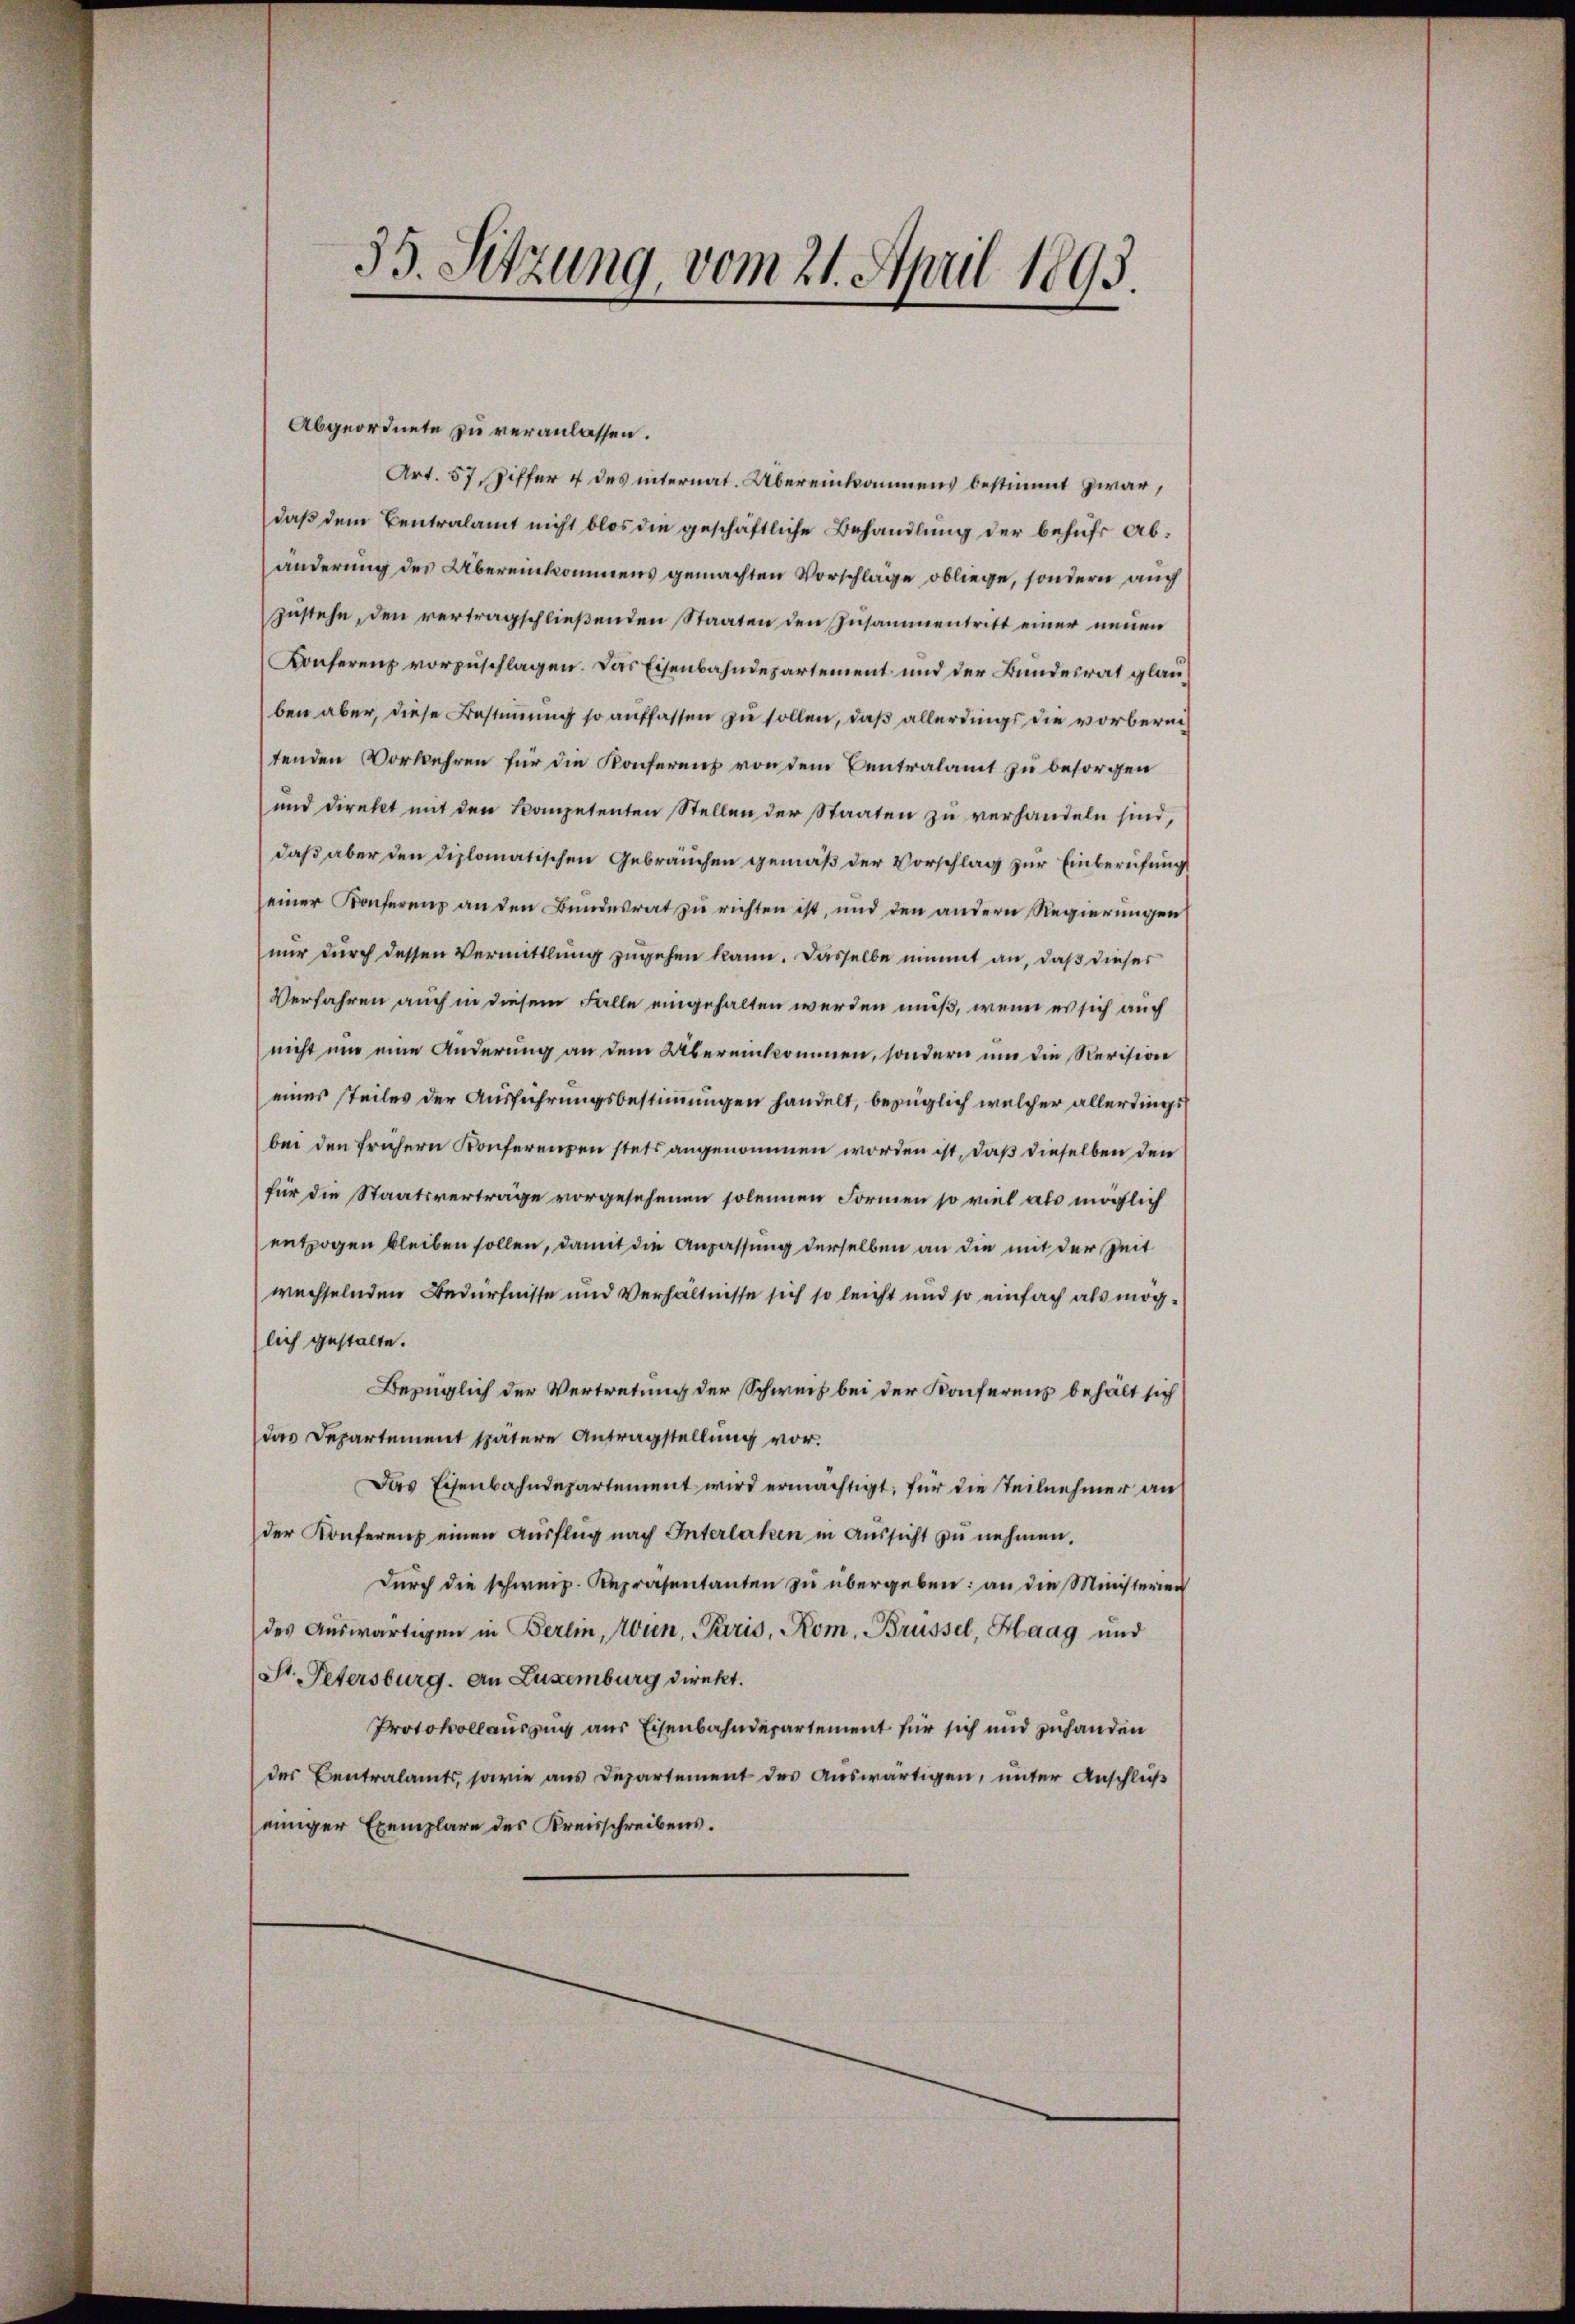
33. Sitzung vom 21. April 1893.

Abgeordnete zu veranlassen.
Art. 57, Ziffer 4 des internat. Übereinkommens bestimmt zwar,
daß dem Centralamt nicht blos die geschäftliche Behandlung der behufs Abänderung des Übereinkommens gemachten Vorschläge obliege, sondern auch
zustehe, den vertragschließenden Staaten den Zusammentritt einer neuen
Konferenz vorzuschlagen. Das Eisenbahndepartement und der Bundesrat glauben aber, diese Bestimmung so auffassen zu sollen, daß allerdings die vorbernitenden Vorkehren für die Konferens von dem Centralamt zu besorgen
und direkt mit den Competenten Stellen der Staaten zu verhandeln sind,
daß aber den diplomatischen Gebräuchen gemäß der Vorschlag zur Einberufung
einer Konferens an den Bundesrat zu richten ist, und den andern Regierungen
nur durch dessen Vermittlung zugehen kann. Dasselbe nimmt an, daß dieser
Verfahren auch in diesem Falle eingehalten werden muß, wenn es sich auch
nicht um eine Änderung an dem Übereinkommen, sondern um die Revision
eines steiles der Ausführungsbestimmungen handelt, bezüglich welcher allerdings
bei den frühern Konferenzen stets angenommen worden ist, daß dieselben den
für die Staatsverträge vorgesehenen solennen Formen so viel als möglich
entzogen bleiben sollen, damit die Anpassung derselben an die mit der Zeit
wechselnden Bedürfnisse und Verhältnisse sich so leicht und so einfach als möglich gestalte.
Bezüglich der Vertretung der Schweiz bei der Konferens behält sich
das Departement spätere Antragstellung vor.
Das Eisenbahndepartement wird ermächtigt, für die Teilnehmer an
der Konferenz einen Ausflug nach Interlaken in Aussicht zu nehmen,
durch die schweiz. Repräsentanten zu übergeben: an die Ministerien
des Auswärtigen in Berlin, Wien, Paris, Rom, Brüssel, Haag und
St. Petersburg. An Luxenburg direkt.
Protokollauszug aus Eisenbahndepartement für sich und zuhanden
des Centralamts, sowie aus Departement des Auswärtigen, unter Anschluß
einiger Exemplare des Kreisschreibens.